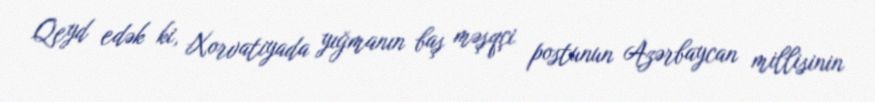
Qeyd edək ki, Xorvatiyada yığmanın baş məşqçi postunun Azərbaycan millisinin